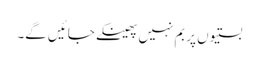
بستیوں پر بم نہیں پھینکے جائیں گے۔